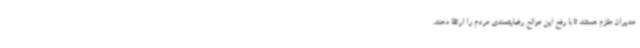
مدیران ملزم هستند تا با رفع این موانع رضایتمندی مردم را ارتقا دهند.